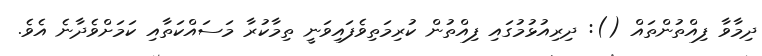
ދިމާވާ ފިއްތުންތައް (): ދިރިއުޅުމުގައި ފިއްތުން ކުރިމަތިވެފައިވަނީ ތިމާކުރާ މަސައްކަތާއި ކަމަށްވެދާނެ އެވެ.